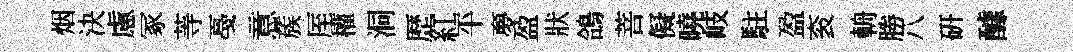
烟決慮冢䓁戞意蔟厔權洞歴紅平夣盈狀鴿菩儗曉岐駐盈衮輈勝八研醵